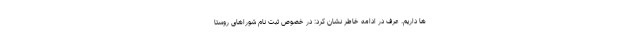
ها داریم. عرف در ادامه خاطر نشان کرد: در خصوص ثبت نام شوراهای روستا